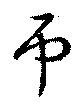
弔